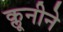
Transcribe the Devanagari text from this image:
क्लूनीने